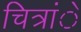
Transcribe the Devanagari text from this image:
चित्रांे